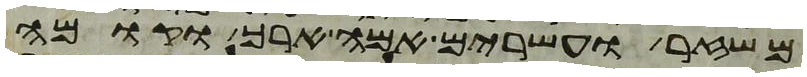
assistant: משזר ועשרים אמה ארך וקומה